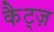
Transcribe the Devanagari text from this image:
कैट्ज़